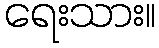
ရေးသား။